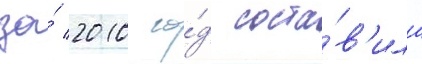
за́ 2010 го́д соста́в'ила